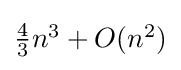
{\textstyle {\frac {4}{3}}n^{3}+O(n^{2})}